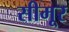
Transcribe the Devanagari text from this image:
सीमूर